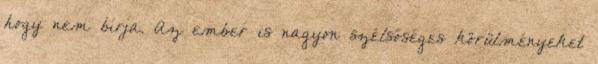
hogy nem bírja. Az ember is nagyon szélsőséges körülményeket